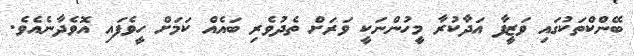
ބޭންކްތަކުގައި ވަޒީފާ އަދާކުރާ މީހުންނަކީ ވަރަށް ތެދުވެރި ބައެއް ކަމަށް ހީވެފައި އޮވެދާނެއެވެ.